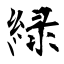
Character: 緑